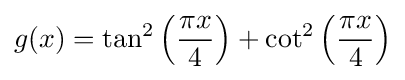
g(x)=\tan ^{2}\left({\frac {\pi x}{4}}\right)+\cot ^{2}\left({\frac {\pi x}{4}}\right)